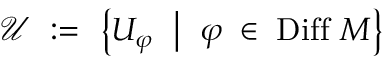
{ \mathcal U } \ : = \ \left\{ U _ { \varphi } \ \bigm | \ \varphi \; \in \; \mathrm { D i f f } \ M \right\}